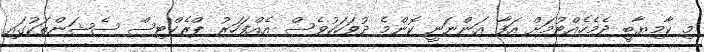
މި ކާމިޔާބީ ދެމެހެއްޓުމަށް އަފާ އަންނަނީ ކޮންމެ ދުވަހަކުވެސް އެއްފަހަރު ޕްރެކްޓިސް ސެޝަންތަކުގައި